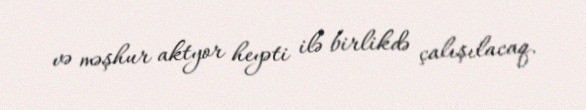
və məşhur aktyor heyəti ilə birlikdə çalışılacaq.